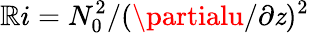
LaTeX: \mathbb{R}i={N_{0}^{2}}/{(\partialu/\partial\mathit{z})^{2}}